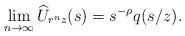
LaTeX: \begin{align*} \lim_{n \to \infty} \widehat U_{r^n z}(s) = s^{-\rho} q(s/z).\end{align*}